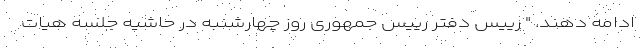
ادامه دهند. " رییس دفتر رییس جمهوری روز چهارشنبه در حاشیه جلسه هیات